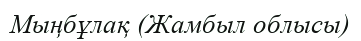
Мыңбұлақ (Жамбыл облысы)